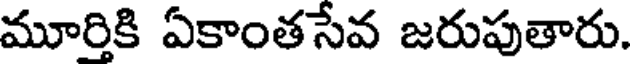
మూరికి ఏకాంతసేవ జరుపుతారు.